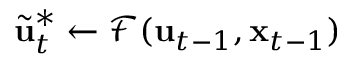
\widetilde { \mathbf { u } } _ { t } ^ { * } \gets \mathcal { F } ( \mathbf { u } _ { t - 1 } , \mathbf { x } _ { t - 1 } )